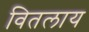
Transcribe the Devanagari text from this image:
वितलाय